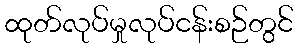
ထုတ်လုပ်မှုလုပ်ငန်းစဉ်တွင်